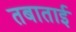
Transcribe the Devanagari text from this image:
तबाताई